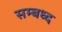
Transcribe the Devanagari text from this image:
सम्बध्द